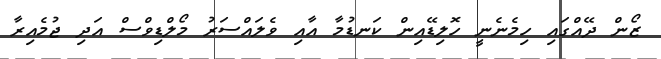
ޒޯން ދޭއްގައި ހިމެނެނީ ހޮލިޑޭއިން ކަނޑުމާ އާއި ވެލައްސަރު މޯލްޑިވްސް އަދި ޖުމެއިރާ